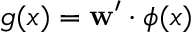
g ( x ) = \mathbf { w } ^ { \prime } \cdot \phi ( x )